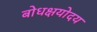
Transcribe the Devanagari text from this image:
बोधक्षयोदय